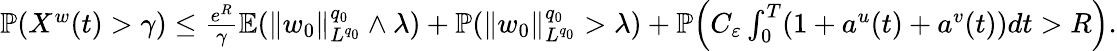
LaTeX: \begin{array}{r}{{\mathbb P}(X^{w}(t)>\gamma)\leq\frac{e^{R}}{\gamma}{\mathbb E}(\| w_{0}\| _{L^{q_{0}}}^{q_{0}}\wedge\lambda)+{\mathbb P}(\| w_{0}\| _{L^{q_{0}}}^{q_{0}}>\lambda)+{\mathbb P}\Big(C_{\varepsilon}\int_{0}^{T}(1+a^{u}(t)+a^{v}(t))dt>R\Big).}\end{array}